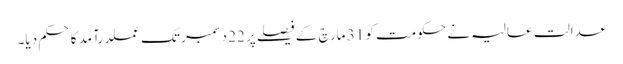
عدالت عالیہ نے حکومت کو 31 مارچ کے فیصلے پر 22 دسمبر تک عملدرآمد کا حکم دیا۔